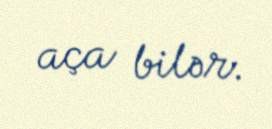
aça bilər.